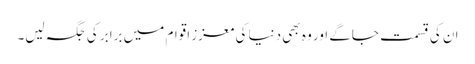
ان کی قسمت جاگے اور وہ بھی دنیا کی معزز اقوام میں برابر کی جگہ لیں۔